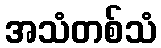
အသံတစ်သံ